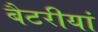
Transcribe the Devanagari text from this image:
बैटरीयां